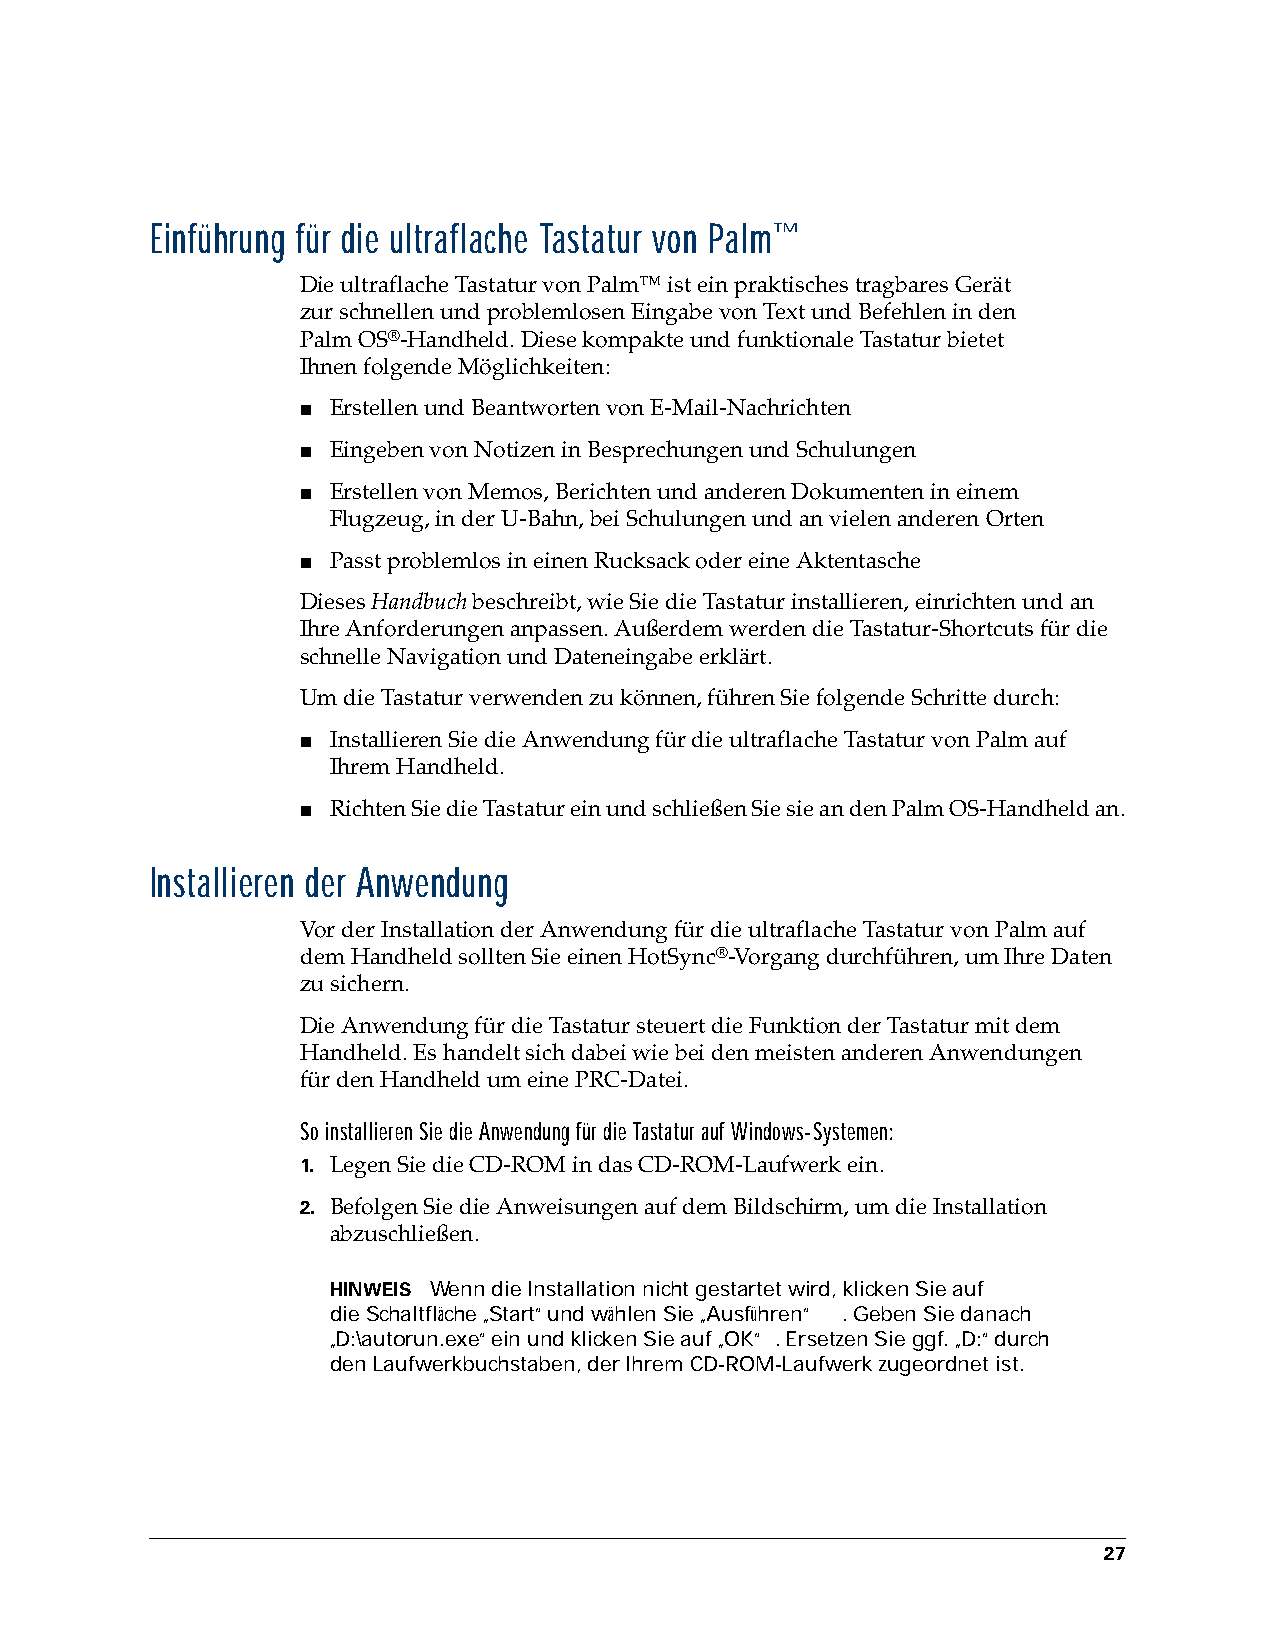
Einführung für die ultraflache Tastatur von Palm™
 Die ultraflache Tastatur von Palm™ ist ein praktisches tragbares Gerät
 zurschnellen und problemlosen Eingabe von Text und Befehlen in den
 PalmOS®-Handheld. Diese kompakte und funktionale Tastatur bietet
 Ihnenfolgende Möglichkeiten:
 ■ Erstellen und Beantworten von E-Mail-Nachrichten
 ■ Eingeben von Notizen in Besprechungen und Schulungen
 ■ Erstellen von Memos, Berichten und anderen Dokumenten in einem
 Flugzeug,in der U-Bahn, bei Schulungen und an vielen anderen Orten
 ■ Passt problemlos in einen Rucksack oder eine Aktentasche
 Dieses Handbuch beschreibt, wie Sie die Tastatur installieren, einrichten und an
 IhreAnforderungen anpassen. Außerdem werden die Tastatur-Shortcuts für die
 schnelle Navigation und Dateneingabe erklärt.
 Um die Tastatur verwenden zu können, führen Sie folgende Schritte durch:
 ■ Installieren Sie die Anwendung für die ultraflache Tastatur von Palm auf
 IhremHandheld.
 ■ Richten Sie die Tastatur ein und schließen Sie sie an den Palm OS-Handheld an.
 Installieren der Anwendung
 Vor der Installation der Anwendung für die ultraflache Tastatur von Palm auf
 demHandheld sollten Sie einen HotSync®-Vorgang durchführen, um Ihre Daten
 zu sichern.
 Die Anwendung für die Tastatur steuert die Funktion der Tastatur mit dem
 Handheld. Es handelt sich dabei wie bei den meisten anderen Anwendungen
 fürden Handheld um eine PRC-Datei.
 So installieren Sie die Anwendung für die Tastatur auf Windows-Systemen:
 1. Legen Sie die CD-ROM in das CD-ROM-Laufwerk ein.
 2. Befolgen Sie die Anweisungen auf dem Bildschirm, um die Installation
 abzuschließen.
 HINWEIS Wenn die Installation nicht gestartet wird, klicken Sie auf
 dieSchaltfläche „Start“ und wählen Sie „Ausführen“ . Geben Sie danach
 „D:\autorun.exe“ ein und klicken Sie auf „OK“ . Ersetzen Sie ggf. „D:“ durch
 denLaufwerkbuchstaben, der Ihrem CD-ROM-Laufwerk zugeordnet ist.
 27